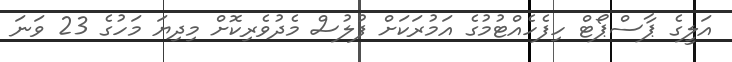
އަލީގެ ޕާސްޕޯޓް ހިފެހެއްޓުމުގެ އަމުރަކަށް ފުލުސް މެދުވެރިކޮށް މިދިޔަ މަހުގެ 23 ވަނަ